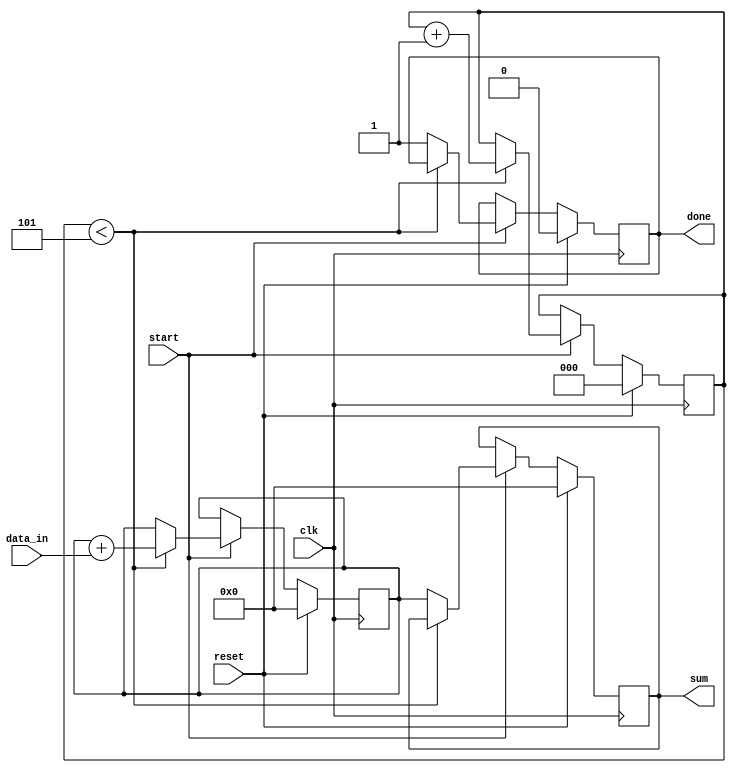
module sum_array (
    input wire clk,
    input wire reset,
    input wire start,
    input wire [7:0] data_in,
    output reg done,
    output reg [15:0] sum
);

    reg [2:0] count;
    reg [15:0] accumulator;

    always @(posedge clk) begin
        if (reset) begin
            count <= 3'b0;
            accumulator <= 16'b0;
            done <= 1'b0;
            sum <= 16'b0;
        end else if (start) begin
            if (count < 3'd5) begin
                accumulator <= accumulator + data_in;
                count <= count + 3'b1;
            end else begin
                sum <= accumulator;
                done <= 1'b1;
            end
        end
    end

endmodule